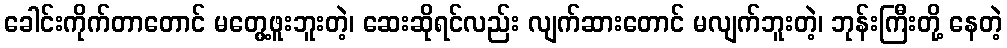
ခေါင်းကိုက်တာတောင် မတွေ့ဖူးဘူးတဲ့၊ ဆေးဆိုရင်လည်း လျက်ဆားတောင် မလျက်ဘူးတဲ့၊ ဘုန်းကြီးတို့ နေတဲ့